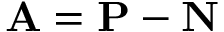
\mathbf { A } = \mathbf { P } - \mathbf { N }